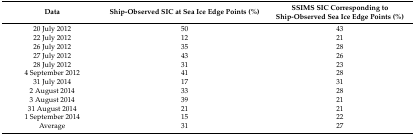
<table><thead><tr><td><b>Data</b></td><td><b>Ship-Observed SIC at Sea Ice Edge Points (%)</b></td><td><b>SSIMS SIC Corresponding to Ship-Observed Sea Ice Edge Points (%)</b></td></tr></thead><tbody><tr><td>20 July 2012</td><td>50</td><td>43</td></tr><tr><td>22 July 2012</td><td>12</td><td>21</td></tr><tr><td>26 July 2012</td><td>35</td><td>28</td></tr><tr><td>27 July 2012</td><td>43</td><td>26</td></tr><tr><td>28 July 2012</td><td>31</td><td>23</td></tr><tr><td>4 September 2012</td><td>41</td><td>28</td></tr><tr><td>31 July 2014</td><td>17</td><td>31</td></tr><tr><td>2 August 2014</td><td>33</td><td>28</td></tr><tr><td>3 August 2014</td><td>39</td><td>21</td></tr><tr><td>31 August 2014</td><td>21</td><td>21</td></tr><tr><td>1 September 2014</td><td>15</td><td>22</td></tr><tr><td>Average</td><td>31</td><td>27</td></tr></tbody></table>